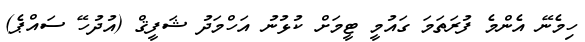
ހިމެނޭ އެންމެ ފުރަތަމަ ގައުމީ ޓީމަށް ކުޅުނު އަހްމަދު ޝަފީޤް (އުދުހޭ ސައްޕެ)